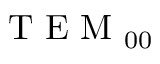
\mathrm { ~ T ~ E ~ M ~ } _ { 0 0 }